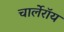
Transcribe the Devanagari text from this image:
चार्लेरॉय